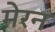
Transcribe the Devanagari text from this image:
मेरन